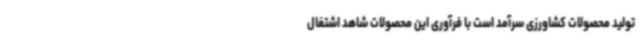
تولید محصولات کشاورزی سرآمد است با فرآوری این محصولات شاهد اشتغال